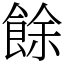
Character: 餘